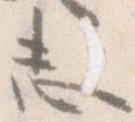
志